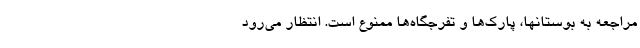
مراجعه به بوستانها، پارک‌ها و تفرجگاه‌ها ممنوع است. انتظار می‌رود